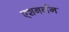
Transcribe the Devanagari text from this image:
एशबर्नन